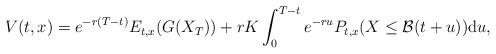
LaTeX: \begin{align*}V(t,x) = e^{-r(T-t)}E_{t,x}(G(X_{T})) + rK \int_{0}^{T-t}e^{-ru} P_{t,x}(X \leq \mathcal{B}(t+u))\mathrm{d}u,\end{align*}